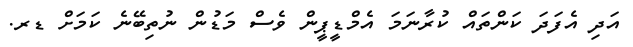
އަދި އެފަދަ ކަންތައް ކުރާނަމަ އެމްޑީޕީން ވެސް މަޑުން ނުތިބޭނެ ކަމަށް ޑރ.